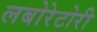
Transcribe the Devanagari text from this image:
लबोरेटोरी